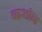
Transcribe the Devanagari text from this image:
बाओन